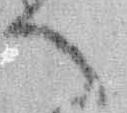
へ